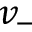
v _ { - }